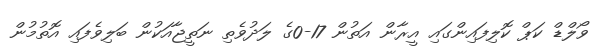
ވޯލްޑް ކަޕް ކޮލިފައިންގައި އީރާން އަތުން 17-0ގެ ލަދުވެތި ނަތީޖާއަކުން ބަލިވެފައި އޮތުމުން